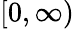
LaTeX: [0,\infty)